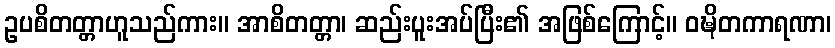
ဥပစိတတ္တာဟူသည်ကား။ အာစိတတ္တာ၊ ဆည်းပူးအပ်ပြီး၏ အဖြစ်ကြောင့်။ ဝဍ္ဎိတကာရဏာ၊